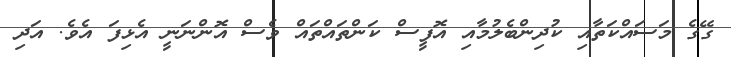
ގޭގެ މަސައްކަތާއި ކުދިންބެލުމާއި އޮފީސް ކަންތައްތައް ވެސް އޮންނަނީ އެޅިފަ އެވެ. އަދި